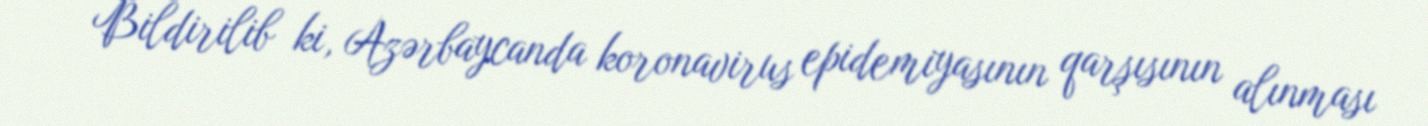
Bildirilib ki, Azərbaycanda koronavirus epidemiyasının qarşısının alınması